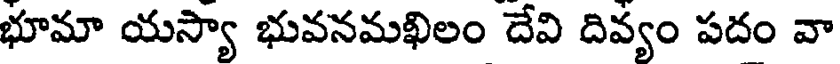
భూమా యస్యా భువనమఖిలం దేవి దివ్యం పదం వా